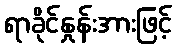
ရာခိုင်နှုန်းအားဖြင့်